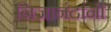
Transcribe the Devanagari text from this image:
निजानंदांनी